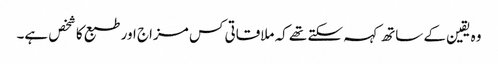
وہ یقین کے ساتھ کہہ سکتے تھے کہ ملاقاتی کس مزاج اور طبع کا شخص ہے۔